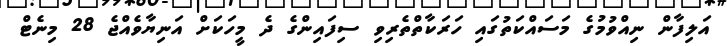
އަލިފާން ނިއްވުމުގެ މަސައްކަތުގައި ހަރަކާތްތެރިވި ސިފައިންގެ ދެ މީހަކަށް އަނިޔާވެއްޖެ 28 މިނެޓް